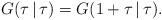
LaTeX: \begin{align*}G(\tau\,|\,\tau) = G(1+\tau\,|\,\tau).\end{align*}